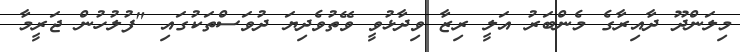
މިލަންދޫ ދާއިރާގެ މެންބަރު އަލީ ރިޒާ ވިދާޅުވީ ވޭތުވެދިޔަ ދުވަސްތަކުގައި "ފުލުހުން ޖަރީމާ